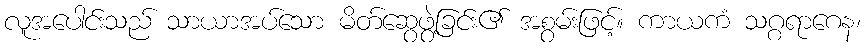
လူအပေါင်းသည် သာယာအပ်သော မိတ်ဆွေဖွဲ့ခြင်း၏ အစွမ်းဖြင့်။ ကာယကံ သဂ္ဂရာဂေန၊